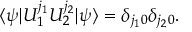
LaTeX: \langle \psi | U _ { 1 } ^ { j _ { 1 } } U _ { 2 } ^ { j _ { 2 } } | \psi \rangle = \delta _ { j _ { 1 } 0 } \delta _ { j _ { 2 } 0 } .